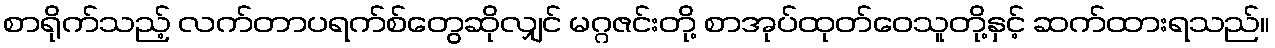
စာရိုက်သည့် လက်တာပရက်စ်တွေဆိုလျှင် မဂ္ဂဇင်းတို့ စာအုပ်ထုတ်ဝေသူတို့နှင့် ဆက်ထားရသည်။